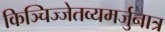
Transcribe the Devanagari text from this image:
किञ्चिज्जेतव्यमर्जुनात्र